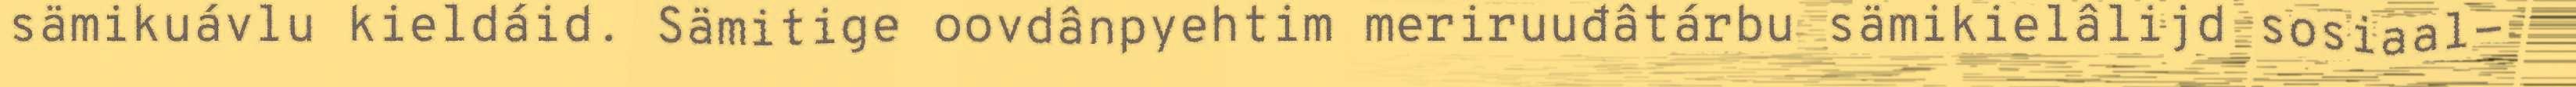
sämikuávlu kieldáid. Sämitige oovdânpyehtim meriruuđâtárbu sämikielâlijd sosiaal-